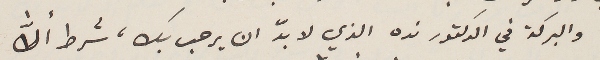
والبركة في الدكتور نده الذي لا بدّ ان يرحب بك، شرط ألاﱣ